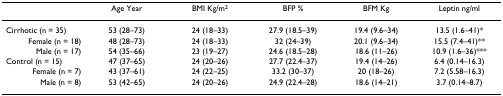
|  | Age Year | BMI Kg/m2 | BFP % | BFM Kg | Leptin ng/ml |
 | --- | --- | --- | --- | --- | --- |
 | Cirrhotic (n = 35) | 53 (28–73) | 24 (18–33) | 27.9 (18.5–39) | 19.4 (9.6–34) | 13.5 (1.6–41)* |
 | Female (n = 18) | 48 (28–73) | 24 (18–33) | 32 (24–39) | 20.1 (9.6–34) | 15.5 (7.4–41)** |
 | Male (n = 17) | 54 (35–66) | 23 (19–27) | 24.6 (18.5–28) | 18.6 (11–26) | 10.9 (1.6–36)*** |
 | Control (n = 15) | 47 (37–65) | 24 (20–26) | 27.7 (22.4–37) | 19.4 (14–26) | 6.4 (0.14–16.3) |
 | Female (n = 7) | 43 (37–61) | 24 (22–25) | 33.2 (30–37) | 20 (18–26) | 7.2 (5.58–16.3) |
 | Male (n = 8) | 53 (42–65) | 24 (20–26) | 24.9 (22.4–28) | 18.6 (14–21) | 3.7 (0.14–8.7) |